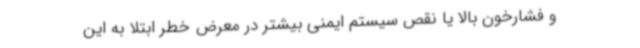
و فشارخون بالا یا نقص سیستم ایمنی بیشتر در معرض خطر ابتلا به این